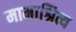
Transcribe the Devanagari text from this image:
मामाश्रित्य